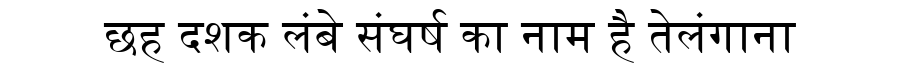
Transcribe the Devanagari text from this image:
छह दशक लंबे संघर्ष का नाम है तेलंगाना